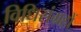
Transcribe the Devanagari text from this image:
विधिसंग्रहों